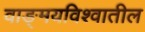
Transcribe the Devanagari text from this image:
वाङ्‌मयविश्‍वातील